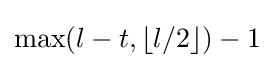
\max(l-t,\lfloor {l}/{2}\rfloor )-1